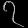
Digit: ၇